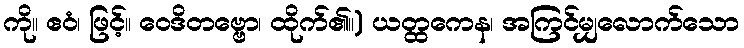
ကို။ ဧဝံ၊ ဖြင့်။ ဝေဒိတဗ္ဗော၊ ထိုက်၏။) ယတ္ထကေန၊ အကြင်မျှလောက်သော